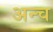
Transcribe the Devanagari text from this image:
अन्च